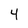
Character: 4